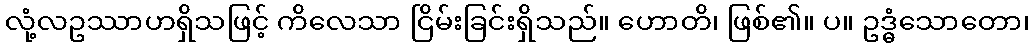
လုံ့လဥဿာဟရှိသဖြင့် ကိလေသာ ငြိမ်းခြင်းရှိသည်။ ဟောတိ၊ ဖြစ်၏။ ပ။ ဥဒ္ဓံသောတော၊